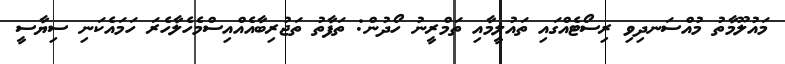
މައުލޫމާތު މުއްސަނދިވި ރިސޯޓެއްގައި ތައުލީމާއި ތަމްރީނު ހޯދުން: ތަފާތު ތަޖުރިބާއެއްއިސްމެހެލާހެރަ ހަމައެކަނި ސިޔާސީ